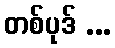
တစ်ပုဒ် ...